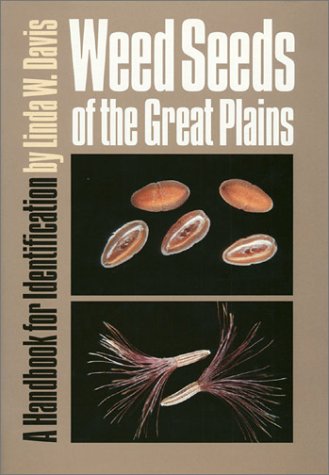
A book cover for Weed Seeds of the Great Plains: A Handbook for Indentification; Linda W. Davis; Crafts, Hobbies & Home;